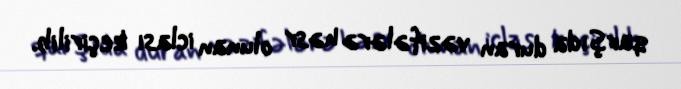
qarşıda duran vəzifələrə həsr olunan iclası keçirilib.